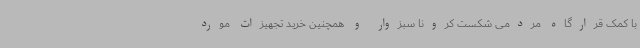
با کمک قرارگاه مردمی شکست کرونا سبزوار و همچنین خرید تجهیزات مورد